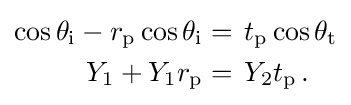
{\begin{aligned}\cos \theta _{\text{i}}-r_{\text{p}}\cos \theta _{\text{i}}&=\,t_{\text{p}}\cos \theta _{\text{t}}\\Y_{1}+Y_{1}r_{\text{p}}&=\,Y_{2}t_{\text{p}}\,.\end{aligned}}